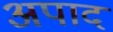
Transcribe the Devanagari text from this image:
अपाद